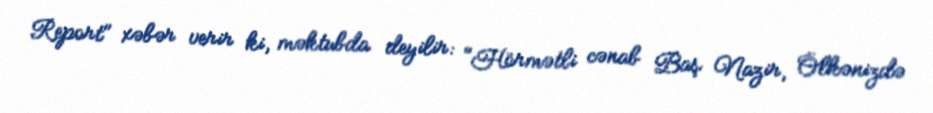
Report" xəbər verir ki, məktubda deyilir: "Hörmətli cənab Baş Nazir, Ölkənizdə